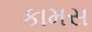
કામસ